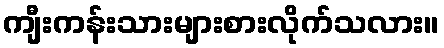
ကျီးကန်းသားများစားလိုက်သလား။